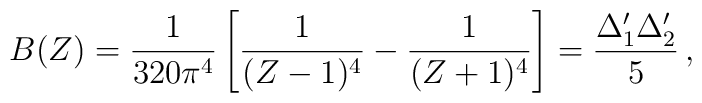
B(Z) = {1\over 320\pi^4} \left[ {1\over (Z-1)^4} - {1\over (Z+1)^4} \right] = {\Delta_1 '\Delta_2 '\over   5}\,,